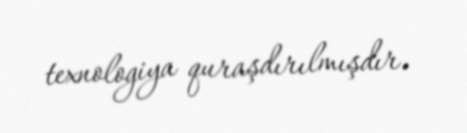
texnologiya quraşdırılmışdır.